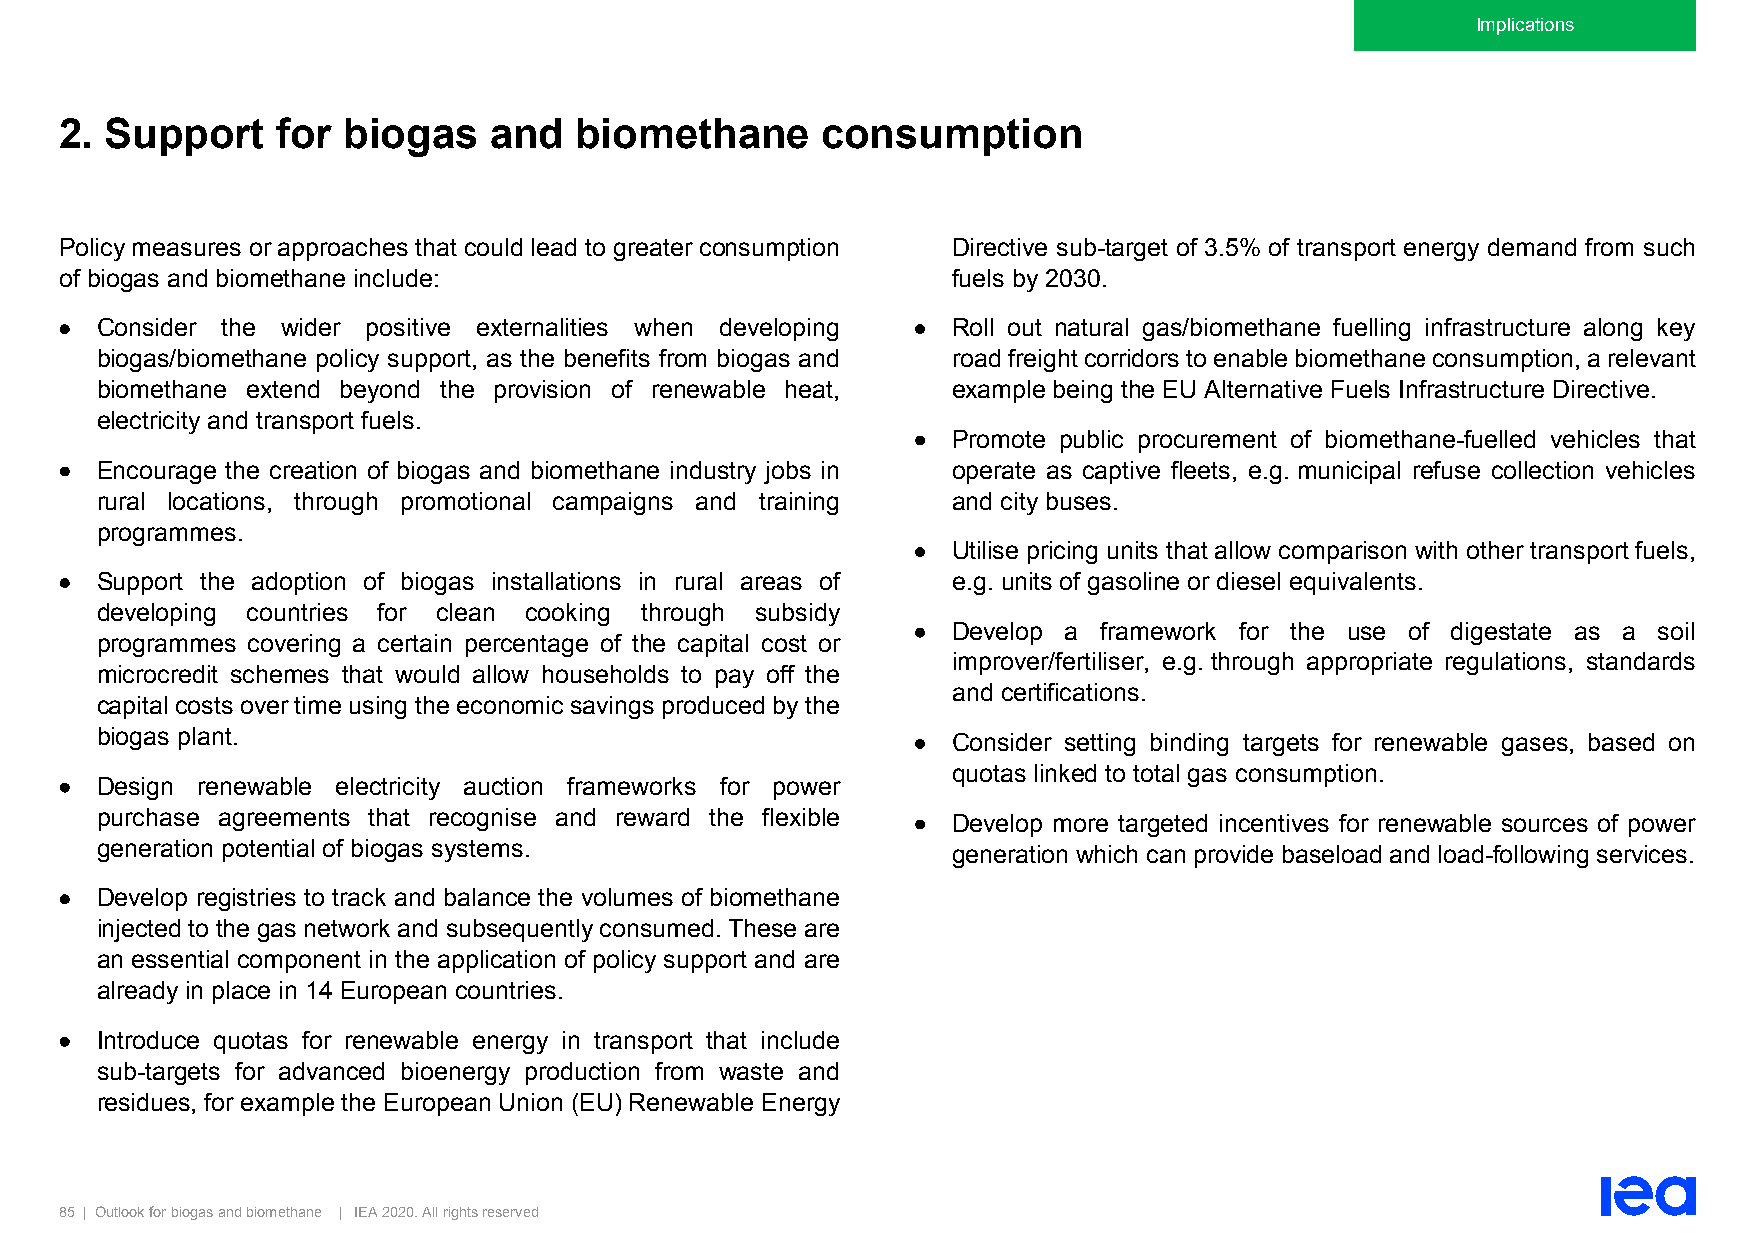
Implications
 2. Support    for  biogas   and   biomethane      consumption
 Policy measures or approaches that could lead to greater consumption Directive sub-target of 3.5% of transport energy demand from such
 of biogas and biomethane include:                          fuels by 2030.
 • Consider the wider positive externalities when developing • Roll out natural gas/biomethane fuelling infrastructure along key
 biogas/biomethane policy support, as the benefits from biogas and road freight corridors to enable biomethane consumption, a relevant
 biomethane extend beyond the provision of renewable heat, example being the EU Alternative Fuels Infrastructure Directive.
 electricity and transport fuels.
 •  Promote public procurement of biomethane-fuelled vehicles that
 • Encourage the creation of biogas and biomethane industry jobs in operate as captive fleets, e.g. municipal refuse collection vehicles
 rural locations, through promotional campaigns and training and city buses.
 programmes.
 •  Utilise pricing units that allow comparison with other transport fuels,
 • Support the adoption of biogas installations in rural areas of e.g. units of gasoline or diesel equivalents.
 developing countries for clean cooking through subsidy
 •  Develop a framework for the use of digestate as a soil
 programmes covering a certain percentage of the capital cost or
 improver/fertiliser, e.g. through appropriate regulations, standards
 microcredit schemes that would allow households to pay off the
 and certifications.
 capital costs over time using the economic savings produced by the
 biogas plant.                                         •  Consider setting binding targets for renewable gases, based on
 quotas linked to total gas consumption.
 • Design renewable electricity auction frameworks for power
 purchase agreements that recognise and reward the flexible • Develop more targeted incentives for renewable sources of power
 generation potential of biogas systems.                  generation which can provide baseload and load-following services.
 • Develop registries to track and balance the volumes of biomethane
 injected to the gas network and subsequently consumed. These are
 an essential component in the application of policy support and are
 already in place in 14 European countries.
 • Introduce quotas for renewable energy in transport that include
 sub-targets for advanced bioenergy production from waste and
 residues, for example the European Union (EU) Renewable Energy
 85 | Outlook for biogas and biomethane | IEA 2020. All rights reserved